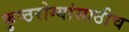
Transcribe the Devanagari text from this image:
कुष्ठरोग्यांसाठीच